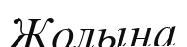
Жолына